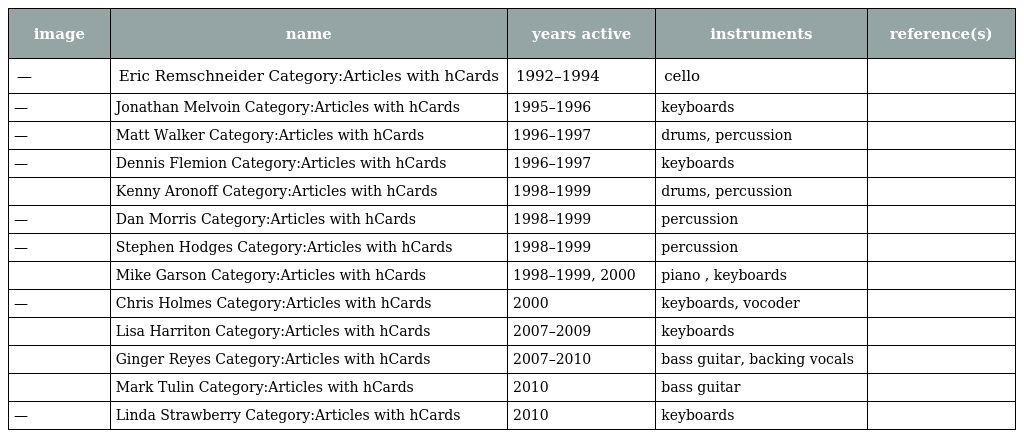
| image | name | years active | instruments | reference(s) |
 | --- | --- | --- | --- | --- |
 | — | Eric Remschneider Category:Articles with hCards | 1992–1994 | cello |  |
 | — | Jonathan Melvoin Category:Articles with hCards | 1995–1996 | keyboards |  |
 | — | Matt Walker Category:Articles with hCards | 1996–1997 | drums, percussion |  |
 | — | Dennis Flemion Category:Articles with hCards | 1996–1997 | keyboards |  |
 |  | Kenny Aronoff Category:Articles with hCards | 1998–1999 | drums, percussion |  |
 | — | Dan Morris Category:Articles with hCards | 1998–1999 | percussion |  |
 | — | Stephen Hodges Category:Articles with hCards | 1998–1999 | percussion |  |
 |  | Mike Garson Category:Articles with hCards | 1998–1999, 2000 | piano , keyboards |  |
 | — | Chris Holmes Category:Articles with hCards | 2000 | keyboards, vocoder |  |
 |  | Lisa Harriton Category:Articles with hCards | 2007–2009 | keyboards |  |
 |  | Ginger Reyes Category:Articles with hCards | 2007–2010 | bass guitar, backing vocals |  |
 |  | Mark Tulin Category:Articles with hCards | 2010 | bass guitar |  |
 | — | Linda Strawberry Category:Articles with hCards | 2010 | keyboards |  |